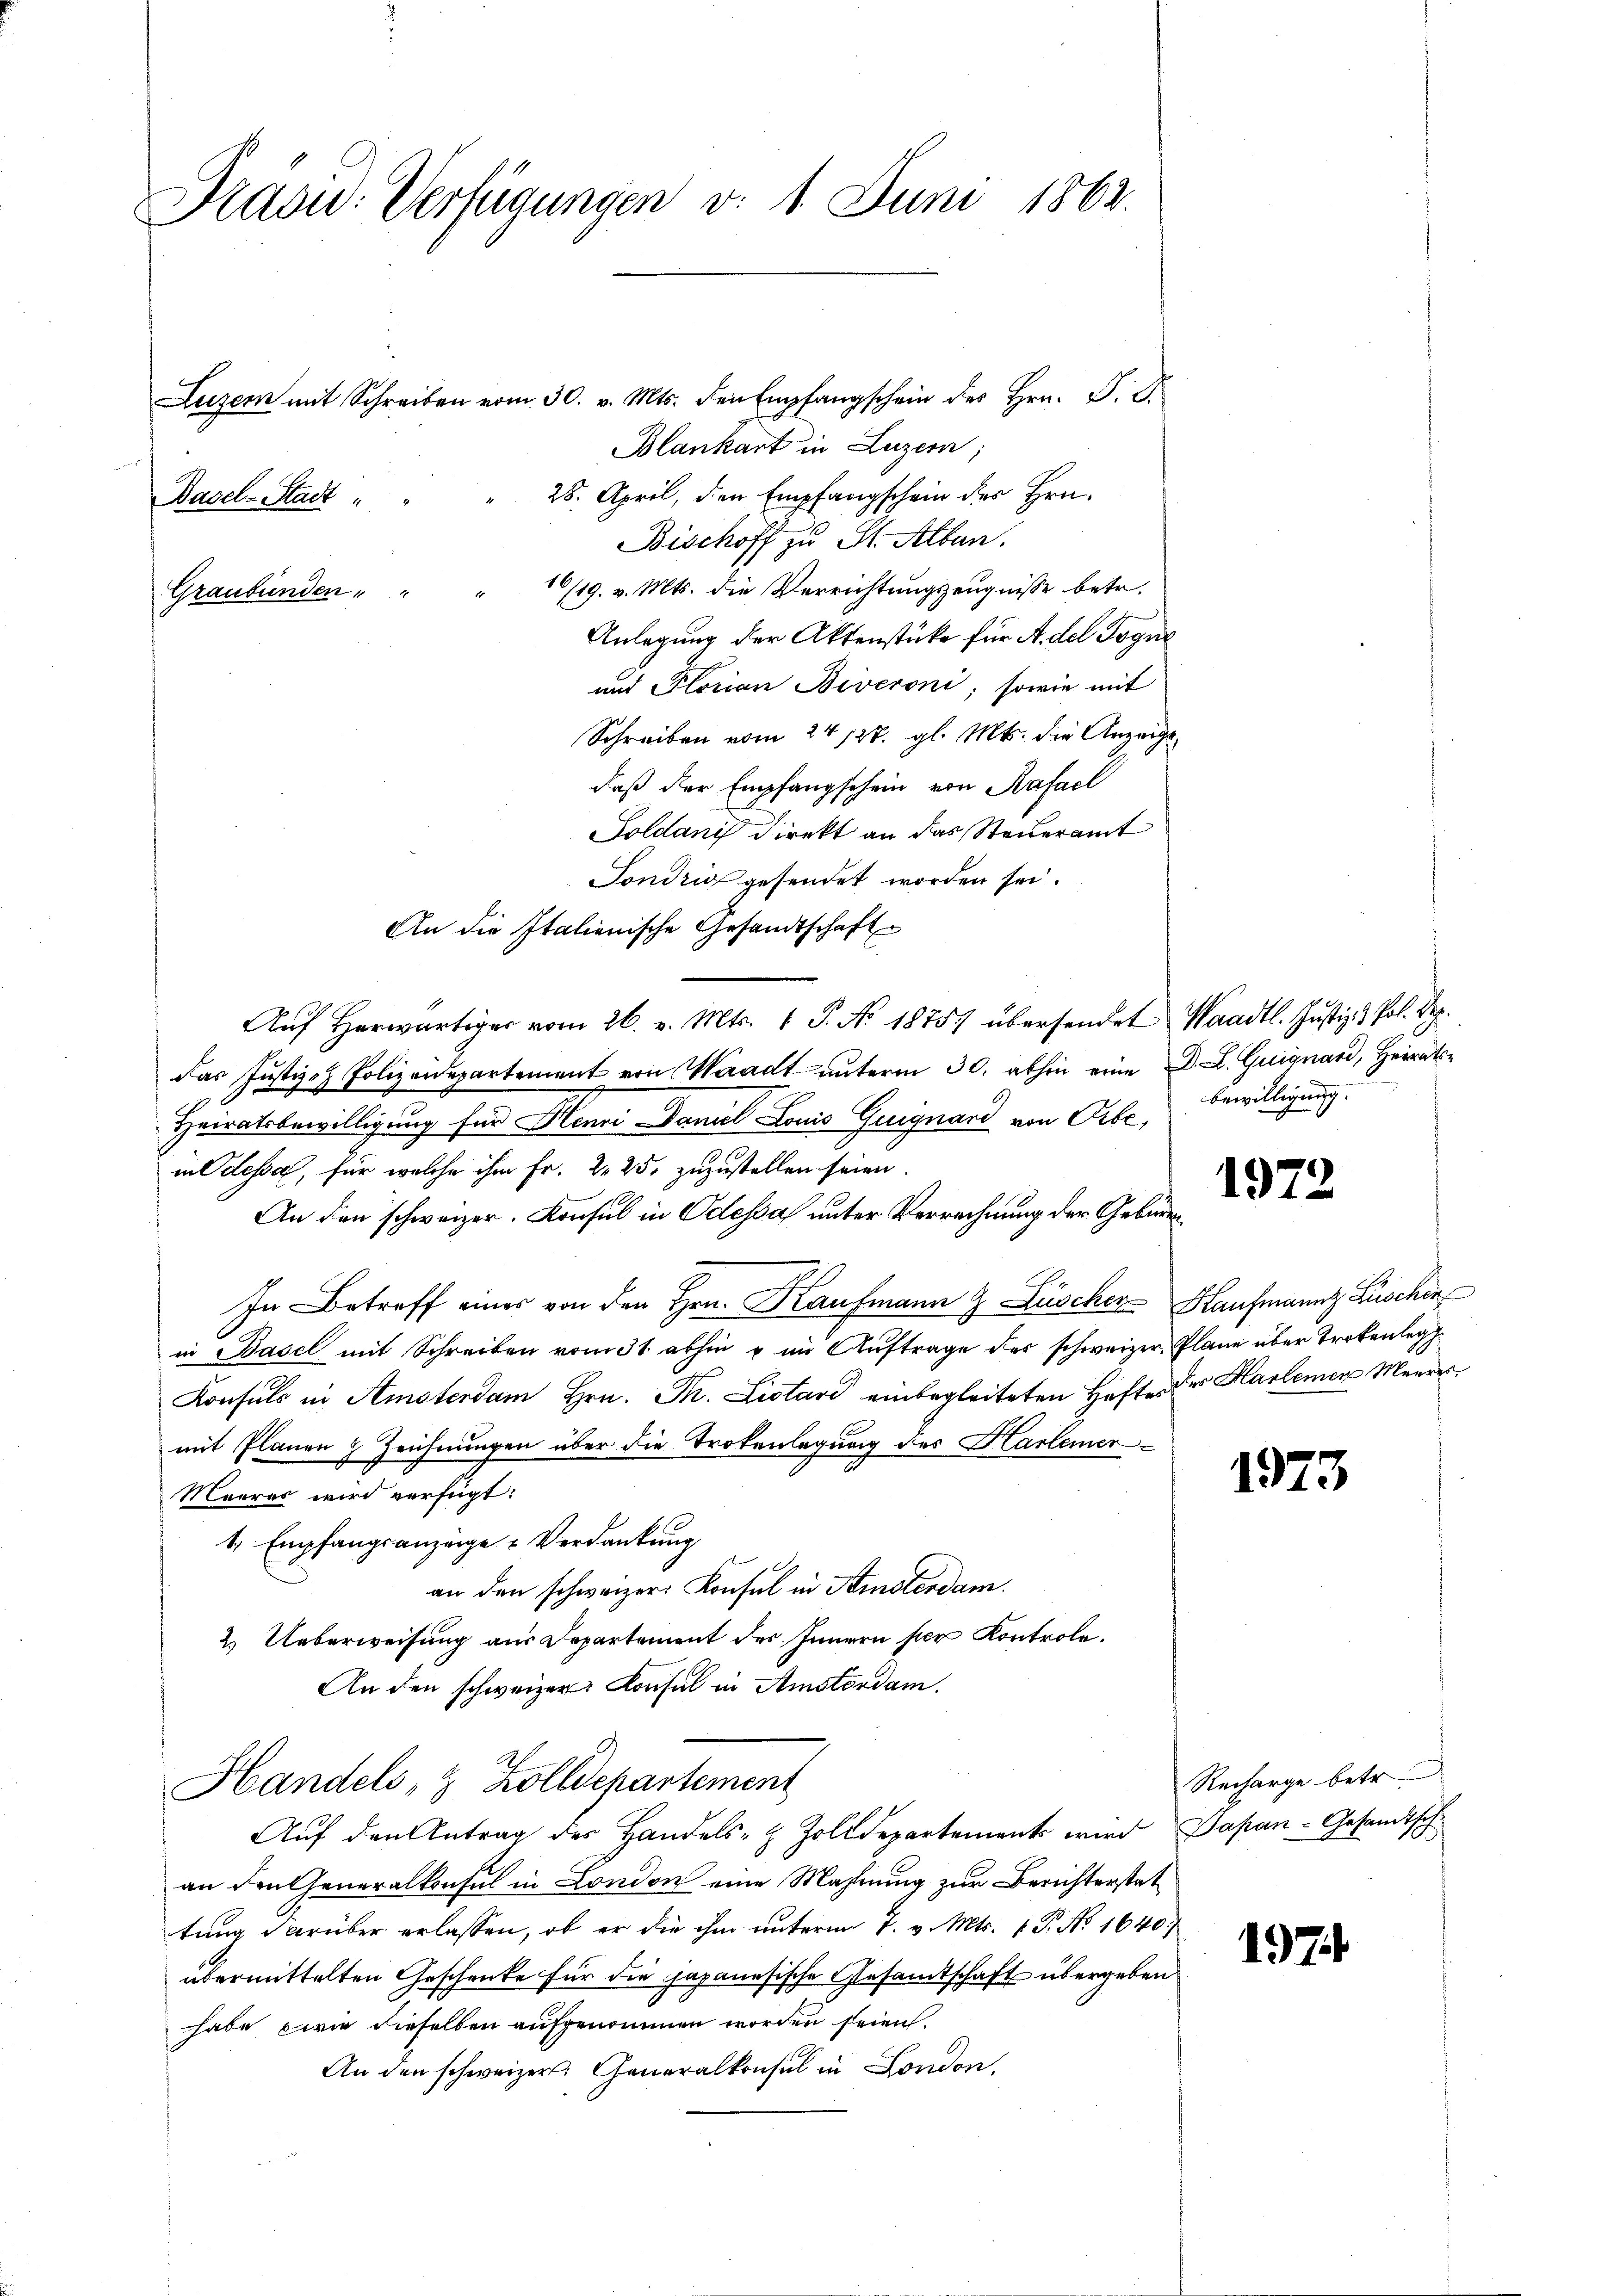
Präsid. Verfügungen d. 1. Juni 1864.

Luzern mit Schreiben vom 30. v. Mts. den Empfangschein des Hrn. P. G.
Blankart in Luzern;
28. April, den Empfangschein des Hrn.
Basel-Stadt " "
Bischoff zu St. Alban
1/19. v. Mts. die Verrichtungszeugnisse betr.
Graubünden " "
Anlegung der Aktenstüke für Adel Togne
und Florian Biveroni, sowie mit
Schreiben vom 24. 127. gl. Mts. die Anzeigsdaß der Empfangschein von Kafael
Goldani direkt an das Steueramt
Sondrio gesendet worden sei.
An die Italienische Gesandtschaft
Aŭf herwärtiger vom 26. v. Mts. 1 P. Nr. 18757 übersendet Waadt. Jŭstiz- & Pol. Sep.
das Justiz- & Polizeidepartement von Waadt unterm 30. abhin eine D. L. Guignard, Heirats¬
16
Heiratsbewilligung für Henni Daniel Louis Guignard von Orbe,
in Odessa, für welche ihm Fr. 2. 25. zuzustellen seien.
An den schweizer. Konsul in Odessa unter Verrechnung der Gebiren¬
In Betreff eines von den Hrn. Kaufmann 9 Lüscher Kaufmannt Lüschen
in Basel mit Schreiben vom 31. abhin u im Auftrage der schweizer, Plane über trokenleg
Konsuls in Amsterdam Hrn. Th. Listari einbegleiteten Hefte des Harlemen Meeresmit Planen 8 Zeichnungen über die Trokenlegung des Hartemer¬
Meeres wird verfügt:
1, Empfangsanzeige & Verdankung
an den schweizer. Konsul in Kisterdam.
2. Ueberweisung aus Departement des Innern per Kontrole.
An den schweizer Konsul in Amsterdam.
Handels, 8 Zolldepartement
Aŭf den Antrag des Handels- & Zolldepartement wird Papan-Gesandtsch
an den Generalkonsul in London eine Mahnung zur Berichterstattung darüber erlassen, ob er die ihm unterm 1. v. Mts. 1. P. No 1640/
übermittelten Geschenke für die japanesische Gesamtschaft übergeben
habe wie dieselben aufgenommen worden seien.
An den schweizer. Generalkonsul in London,

bewilligung.

1972

1973

Recharge betr

1974